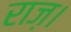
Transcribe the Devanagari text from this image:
राज़।